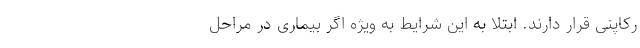
رکاپنی قرار دارند. ابتلا به این شرایط به ویژه اگر بیماری در مراحل